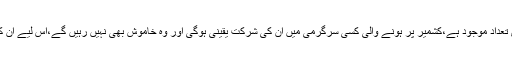
عالمی جامعات میں بھارتی شہریوں کی بہت بڑی تعداد موجود ہے،کشمیر پر ہونے والی کسی سرگرمی میں ان کی شرکت یقینی ہوگی اور وہ خاموش بھی نہیں رہیں گے،اس لیے ان کا سامنا کرنے کی تیاری بھی پوری ہونی چاہیے۔